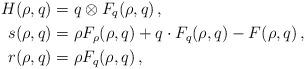
LaTeX: \begin{align*} H(\rho , q) &= q\otimes F_q(\rho,q)\, ,\\ s(\rho , q) & = \rho F_\rho(\rho,q) + q\cdot F_q(\rho,q) - F(\rho,q)\, ,\\ r(\rho , q) & = \rho F_q(\rho,q)\, ,\end{align*}